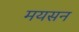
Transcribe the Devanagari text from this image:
मयसन